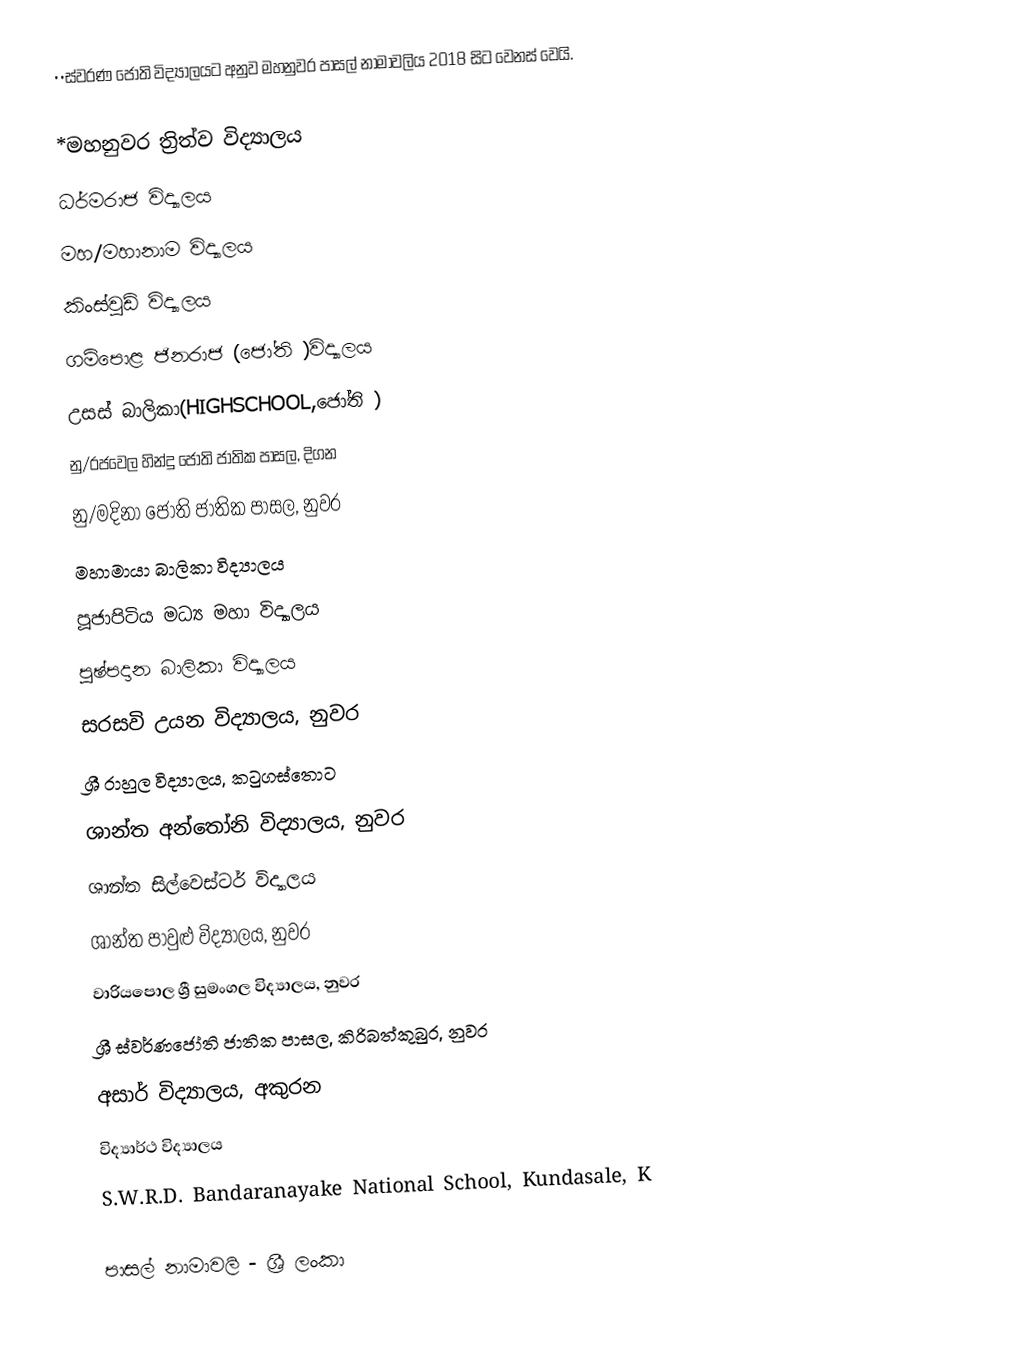
••ස්වරණ ජෝති විද්‍යාලයට අනුව මහනුවර පාසල් නාමාවලිය 2018 සිට වෙනස් වෙයි.

*මහනුවර ත්‍රිත්ව විද්‍යාලය
 ධර්මරාජ විද්‍යාලය
මහ/මහානාම විද්‍යාලය
 කිංස්වුඩ් විද්‍යාලය
 ගම්පොළ ජිනරාජ (ජෝති )විද්‍යාලය
 උසස් බාලිකා(HIGHSCHOOL,ජෝති )
 නු/රජවෙල හින්දු ජෝති  ජාතික පාසල, දිගන
 නු/මදිනා ජෝති ජාතික පාසල, නුවර
 මහාමායා බාලිකා විද්‍යාලය
 පූජාපිටිය මධ්‍ය මහා විද්‍යාලය
 පුෂ්පදාන බාලිකා විද්‍යාලය
 සරසවි උයන විද්‍යාලය, නුවර
 ශ්‍රී රාහුල විද්‍යාලය, කටුගස්තොට
 ශාන්ත අන්තෝනි විද්‍යාලය, නුවර
 ශාන්ත සිල්වෙස්ටර් විද්‍යාලය
 ශාන්ත පාවුළු විද්‍යාලය, නුවර
 වාරියපොල ශ්‍රී සුමංගල  විද්‍යාලය, නුවර
 ශ්‍රී ස්වර්ණජෝති ජාතික පාසල, කිරිබත්කුබුර, නුවර
 අසාර් විද්‍යාලය, අකුරන
 විද්‍යාර්ථ විද්‍යාලය
 S.W.R.D. Bandaranayake National School, Kundasale, K

පාසල් නාමාවලි - ශ්‍රී ලංකා